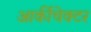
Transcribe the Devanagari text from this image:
आर्कीचेक्टर